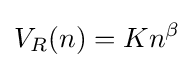
V_{R}(n)=Kn^{\beta }